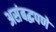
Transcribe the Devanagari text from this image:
असंबद्धपणे